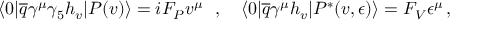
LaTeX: \langle 0 | \overline { { { q } } } \gamma ^ { \mu } \gamma _ { 5 } h _ { v } | P ( v ) \rangle = i F _ { P } v ^ { \mu } ~ ~ , ~ ~ ~ \langle 0 | \overline { { { q } } } \gamma ^ { \mu } h _ { v } | P ^ { * } ( v , \epsilon ) \rangle = F _ { V } \epsilon ^ { \mu } \, ,